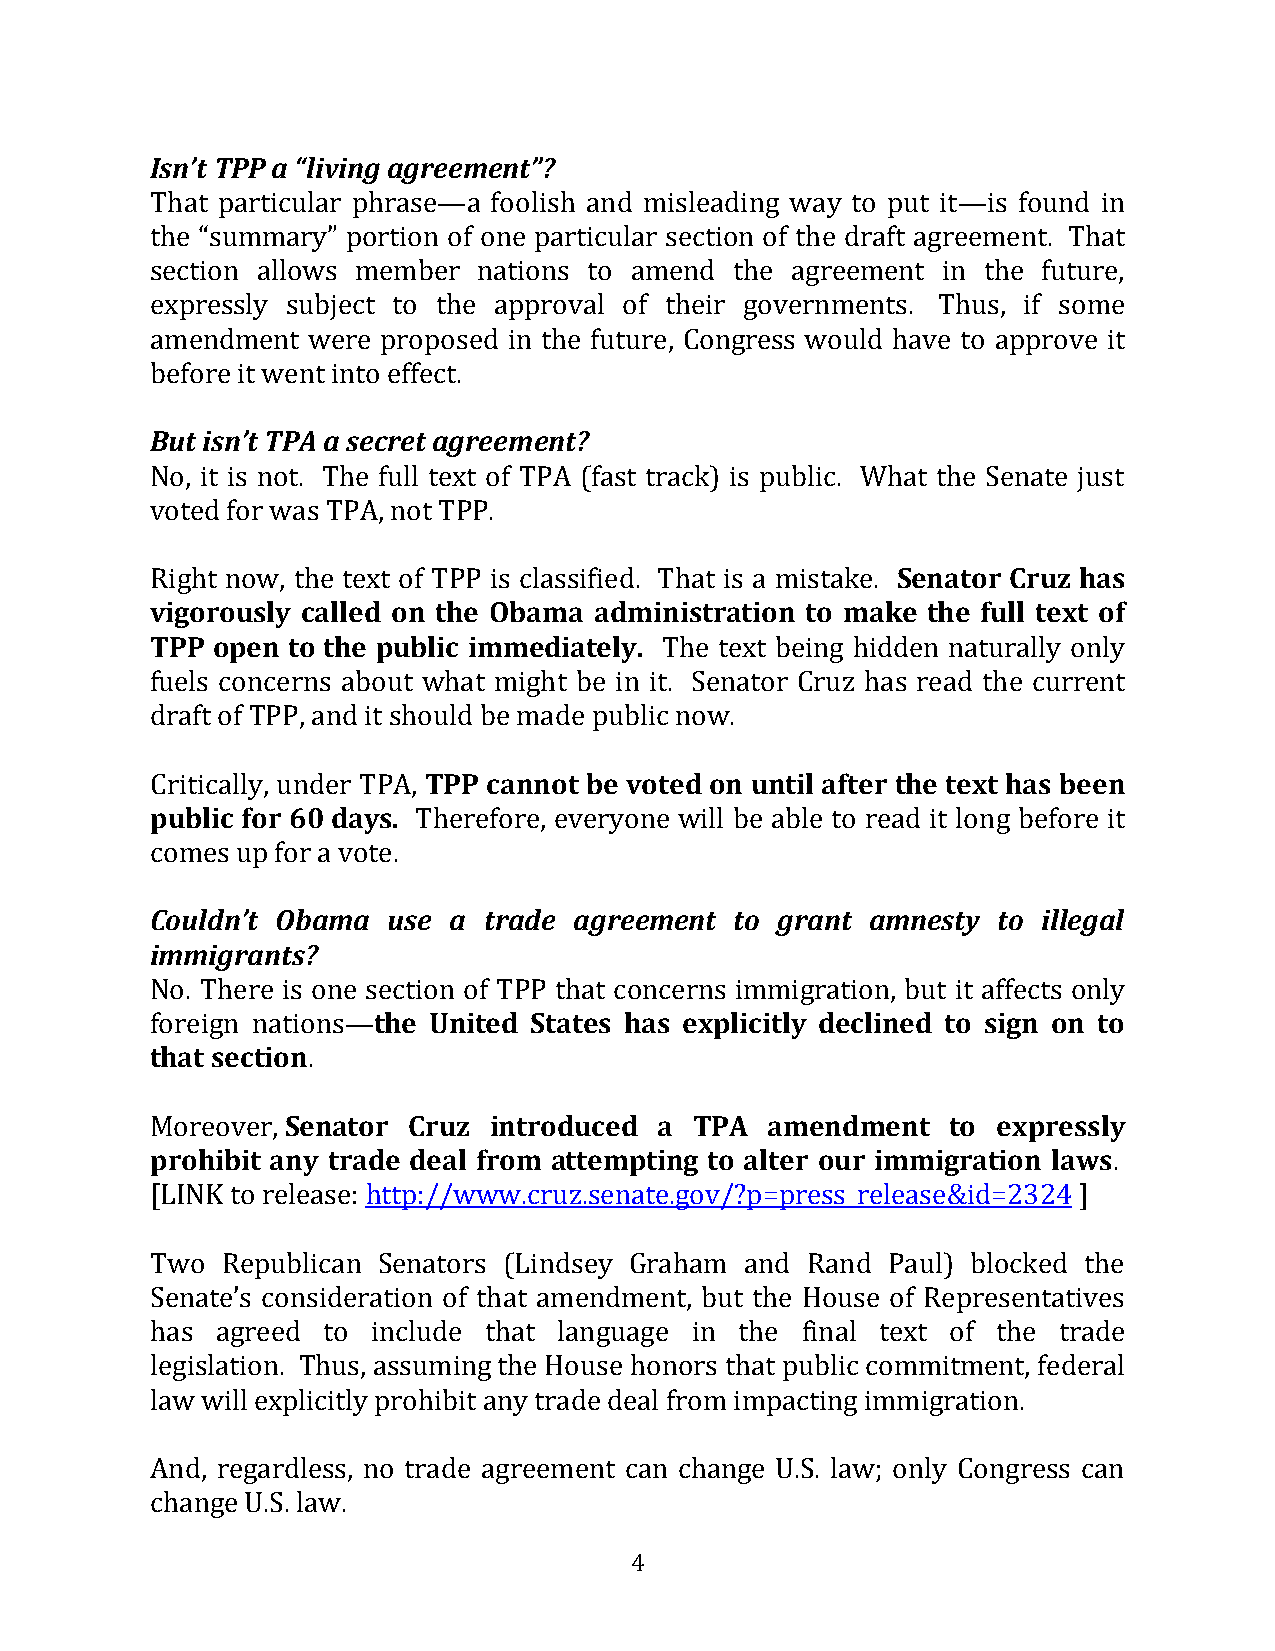
Isn’t TPP a “living agreement”?
 That particular phrase—a foolish and misleading way to put it—is found in
 the “summary” portion of one particular section of the draft agreement. That
 section allows member nations to amend the agreement in the future,
 expressly subject to the approval of their governments. Thus, if some
 amendment were proposed in the future, Congress would have to approve it
 before it went into effect.
 But isn’t TPA a secret agreement?
 No, it is not. The full text of TPA (fast track) is public. What the Senate just
 voted for was TPA, not TPP.
 Right now, the text of TPP is classified. That is a mistake. Senator Cruz has
 vigorously called on the Obama administration to make the full text of
 TPP open to the public immediately. The text being hidden naturally only
 fuels concerns about what might be in it. Senator Cruz has read the current
 draft of TPP, and it should be made public now.
 Critically, under TPA, TPP cannot be voted on until after the text has been
 public for 60 days. Therefore, everyone will be able to read it long before it
 comes up for a vote.
 Couldn’t Obama  use a trade agreement  to grant amnesty to illegal
 immigrants?
 No. There is one section of TPP that concerns immigration, but it affects only
 foreign nations—the United States has explicitly declined to sign on to
 that section.
 Moreover, Senator Cruz introduced a TPA  amendment   to expressly
 prohibit any trade deal from attempting to alter our immigration laws.
 [LINK to release: http://www.cruz.senate.gov/?p=press_release&id=2324 ]
 Two  Republican Senators (Lindsey Graham and Rand Paul) blocked the
 Senate’s consideration of that amendment, but the House of Representatives
 has agreed to  include that language in the final text of the trade
 legislation. Thus, assuming the House honors that public commitment, federal
 law will explicitly prohibit any trade deal from impacting immigration.
 And, regardless, no trade agreement can change U.S. law; only Congress can
 change U.S. law.
 4